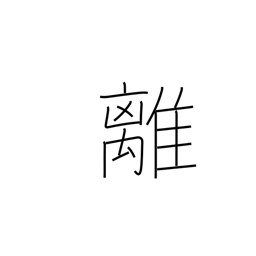
Meaning: digress